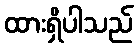
ထားရှိပါသည်